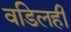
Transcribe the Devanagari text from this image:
वडिलही